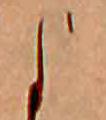
よ